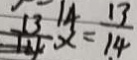
x = \frac { 1 3 } { 1 4 }